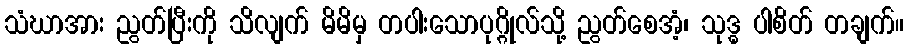
သံဃာအား ညွတ်ပြီးကို သိလျက် မိမိမှ တပါးသောပုဂ္ဂိုလ်သို့ ညွတ်စေအံ့၊ သုဒ္ဓ ပါစိတ် တချက်။